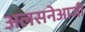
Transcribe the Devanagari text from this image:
अलसनेआजी